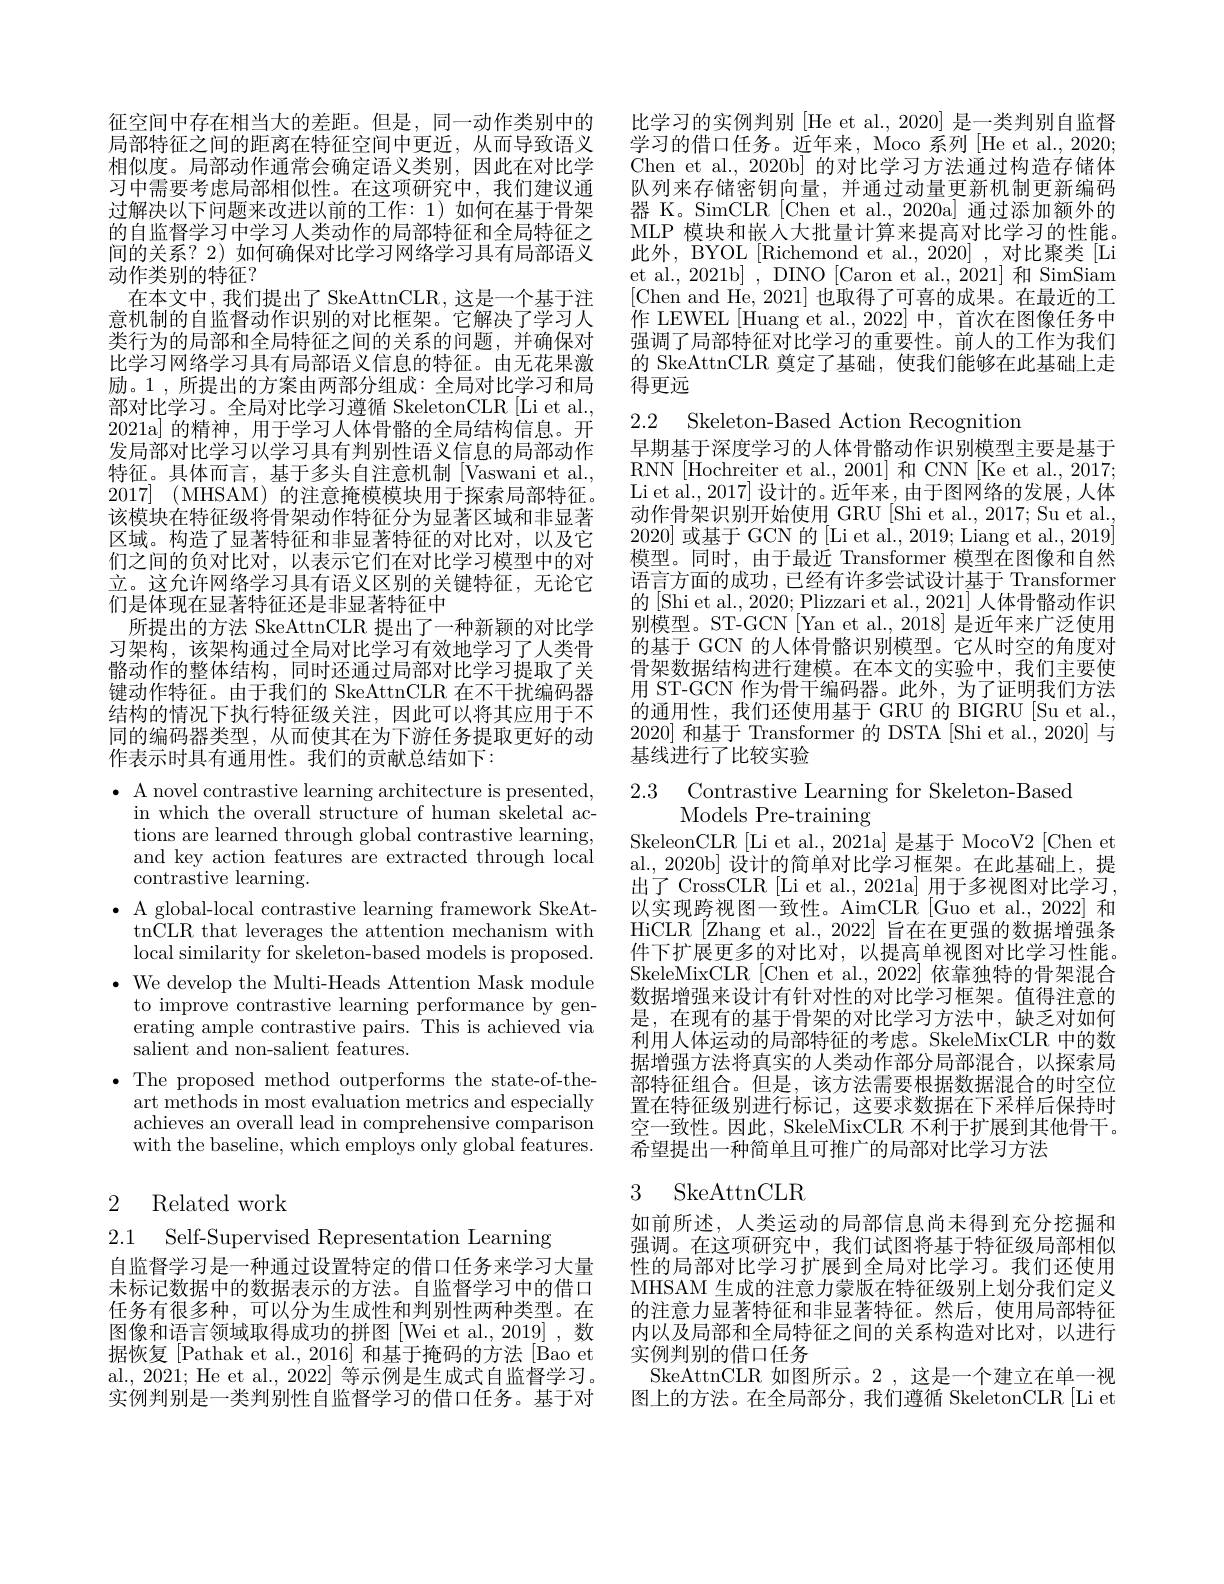
征空间中存在相当大的差距。但是，同一动作类别中的局部特征之间的距离在特征空间中更近，从而导致语义相似度。局部动作通常会确定语义类别，因此在对比学习中需要考虑局部相似性。在这项研究中，我们建议通过解决以下问题来改进以前的工作：1)如何在基于骨架的自监督学习中学习人类动作的局部特征和全局特征之间的关系？2) 如何确保对比学习网络学习具有局部语义动作类别的特征？
在本文中，我们提出了 SkeAttnCLR, 这是一个基于注意机制的自监督动作识别的对比框架。它解决了学习人类行为的局部和全局特征之间的关系的问题，并确保对比学习网络学习具有局部语义信息的特征。由无花果激励。1 , 所提出的方案由两部分组成：全局对比学习和局部对比学习。全局对比学习遵循 SkeletonCLR [Li et al., 2021a]的精神，用于学习人体骨骼的全局结构信息。开发局部对比学习以学习具有判别性语义信息的局部动作特征。具体而言，基于多头自注意机制[Vaswani et al., 2017] (MHSAM)的注意掩模模块用于探索局部特征。该模块在特征级将骨架动作特征分为显著区域和非显著区域。构造了显著特征和非显著特征的对比对，以及它们之间的负对比对，以表示它们在对比学习模型中的对立。这允许网络学习具有语义区别的关键特征，无论它们是体现在显著特征还是非显著特征中
所提出的方法 SkeAttnCLR 提出了一种新颖的对比学习架构，该架构通过全局对比学习有效地学习了人类骨骼动作的整体结构，同时还通过局部对比学习提取了关键动作特征。由于我们的 SkeAttnCLR 在不干扰编码器结构的情况下执行特征级关注，因此可以将其应用于不同的编码器类型，从而使其在为下游任务提取更好的动作表示时具有通用性。我们的贡献总结如下：

$\bullet$ A novel contrastive learning architecture is presented,
in which the overall structure of human skeletal actions are learned through global contrastive learning, and key action features are extracted through local contrastive learning.
$\bullet$ A global-local contrastive learning framework SkeAt-
tnCLR that leverages the attention mechanism with local similarity for skeleton- based models is proposed.
$\bullet$ We develop the Multi-Heads Attention Mask module
to improve contrastive learning performance by generating ample contrastive pairs. This is achieved via salient and non-salient features.
$\bullet$ The proposed method outperforms the state-of-the-
art methods in most evaluation metrics and especially achieves an overall lead in comprehensive comparison with the baseline, which employs only global features.

## 2 Related work

2.1 Self-Supervised Representation Learning
自监督学习是一种通过设置特定的借口任务来学习大量未标记数据中的数据表示的方法。自监督学习中的借口任务有很多种，可以分为生成性和判别性两种类型。在图像和语言领域取得成功的拼图[Wei et al., 2019] , 数据恢复[Pathak et al.,2016] 和基于掩码的方法[Bao et al., 2021; He et al., 2022] 等示例是生成式自监督学习。实例判别是一类判别性自监督学习的借口任务。基于对

比学习的实例判别[He et al., 2020] 是一类判别自监督学习的借口任务。近年来，Moco 系列 [He et al., 2020; Chen et al., 2020b] 的对比学习方法通过构造存储体队列来存储密钥向量，并通过动量更新机制更新编码器 K。SimCLR[Chen et al., 2020a] 通过添加额外的MLP 模块和嵌人大批量计算来提高对比学习的性能。此外，BYOL[Richemond et al.,2020] , 对比聚类[Li et al., 2021b] , DINO [Caron et al., 2021] 和 SimSiam [Chen and He, 2021] 也取得了可喜的成果。在最近的工作 LEWEL [Huang et al.,2022] 中，首次在图像任务中强调了局部特征对比学习的重要性。前人的工作为我们的 SkeAttnCLR 奠定了基础，使我们能够在此基础上走得更远

2.2 Skeleton-Based Action Recognition

早期基于深度学习的人体骨骼动作识别模型主要是基于RNN [Hochreiter et al., 2001] 和 CNN [Ke et al., 2017; Li et al., 2017] 设计的。近年来，由于图网络的发展，人体动作骨架识别开始使用 GRU [Shi et al., 2017; Su et al. 2020]或基于 GCN 的[Li et al., 2019; Liang et al., 2019] 模型。同时，由于最近 Transformer 模型在图像和自然语言方面的成功，已经有许多尝试设计基于 Transformer 的[Shi et al., 2020; Plizzari et al., 2021] 人体骨骼动作识别模型。ST-GCN[Yan et al., 2018] 是近年来广泛使用的基于 GCN 的人体骨骼识别模型。它从时空的角度对骨架数据结构进行建模。在本文的实验中，我们主要使用 ST-GCN 作为骨干编码器。此外，为了证明我们方法的通用性，我们还使用基于 GRU 的 BIGRU [Su et al., 2020]和基于 Transformer 的 DSTA [Shi et al., 2020] 与基线进行了比较实验

2.3 Contrastive Learning for Skeleton-Based
Models Pre-training

SkeleonCLR [Li et al., 2021a] 是基于 MocoV2 [Chen et al., 2020b] 设计的简单对比学习框架。在此基础上，提出了 CrossCLR [Li et al., 2021a] 用于多视图对比学习， 以实现跨视图一致性。AimCLR [Guo et al., 2022] 和HiCLR [Zhang et al., 2022] 旨在在更强的数据增强条件下扩展更多的对比对，以提高单视图对比学习性能。SkeleMixCLR [Chen et al.,2022] 依靠独特的骨架混合数据增强来设计有针对性的对比学习框架。值得注意的是，在现有的基于骨架的对比学习方法中，缺乏对如何利用人体运动的局部特征的考虑。SkeleMixCLR 中的数据增强方法将真实的人类动作部分局部混合，以探索局部特征组合。但是，该方法需要根据数据混合的时空位置在特征级别进行标记，这要求数据在下采样后保持时空一致性。因此，SkeleMixCLR 不利于扩展到其他骨干。希望提出一种简单且可推广的局部对比学习方法

## 3 SkeAttnCLR

如前所述，人类运动的局部信息尚未得到充分挖掘和强调。在这项研究中，我们试图将基于特征级局部相似性的局部对比学习扩展到全局对比学习。我们还使用MHSAM 生成的注意力蒙版在特征级别上划分我们定义的注意力显著特征和非显著特征。然后，使用局部特征内以及局部和全局特征之间的关系构造对比对，以进行实例判别的借口任务
SkeAttnCLR 如图所示。2 ,这是一个建立在单一视图上的方法。在全局部分，我们遵循 SkeletonCLR [Li et